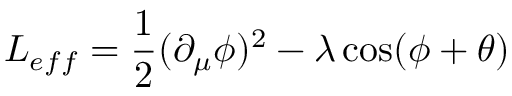
L _ { e f f } = \frac { 1 } { 2 } ( \partial _ { \mu } \phi ) ^ { 2 } - \lambda \cos ( \phi + \theta )